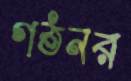
গঠনর